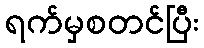
ရက်မှစတင်ပြီး